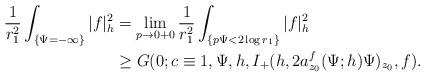
LaTeX: \begin{align*}\frac{1}{r_1^2}\int_{\{\Psi=-\infty\}}|f|^2_h&=\lim_{p\rightarrow0+0}\frac{1}{r_1^2}\int_{\{p\Psi<2\log r_1\}}|f|^2_h\\&\ge G(0;c\equiv1,\Psi,h,I_+(h,2a_{z_0}^f(\Psi;h)\Psi)_{z_0},f).\end{align*}